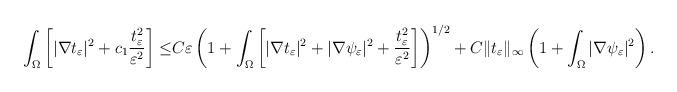
LaTeX: \begin{align*}\begin{aligned}\int_\Omega \left[|\nabla t_\varepsilon|^2+c_1\frac{t_\varepsilon^2}{\varepsilon^2}\right]\leq & C\varepsilon\left(1+\int_\Omega \left[|\nabla t_\varepsilon|^2+|\nabla\psi_\varepsilon|^2+\frac{t_\varepsilon^2}{\varepsilon^2}\right]\right)^{1/2}+C\|t_\varepsilon\|_\infty\left(1+\int_\Omega|\nabla\psi_\varepsilon|^2\right).\end{aligned}\end{align*}